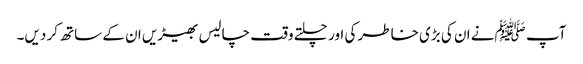
آپ ﷺنے ان کی بڑی خاطر کی اور چلتے وقت چالیس بھیڑیں ان کے ساتھ کر دیں۔